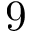
9